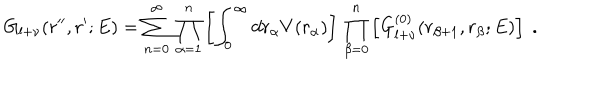
LaTeX: G _ { l + \nu } ( r ^ { \prime \prime } , r ^ { \prime } ; E ) = \sum _ { n = 0 } ^ { \infty } \, \prod _ { \alpha = 1 } ^ { n } \left[ \int _ { 0 } ^ { \infty } d r _ { \alpha } V ( r _ { \alpha } ) \right] \, \prod _ { \beta = 0 } ^ { n } \left[ G _ { l + \nu } ^ { ( 0 ) } ( r _ { \beta + 1 } , r _ { \beta } ; E ) \right] \; .